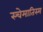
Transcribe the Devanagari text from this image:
स्चेमातिस्म